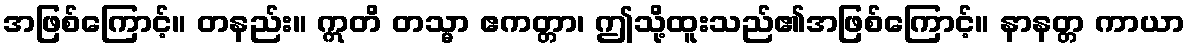
အဖြစ်ကြောင့်။ တနည်း။ ဣတိ တသ္မာ ဧကတ္တာ၊ ဤသို့ထူးသည်၏အဖြစ်ကြောင့်။ နာနတ္တ ကာယာ